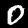
Digit: 0